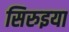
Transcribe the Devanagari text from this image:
सिरुइया